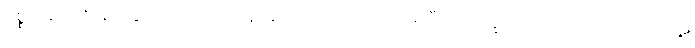
ပစ္စည်းတို့၏ များခြင်းငှာမကျင့်ကုန်။ နသာထလိကာ၊ အဓိသီလသိက္ခာကို လျော့လျော့မယူကုန်။